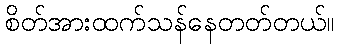
စိတ်အားထက်သန်နေတတ်တယ်။